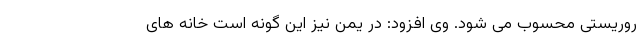
روریستی محسوب می شود. وی افزود: در یمن نیز این گونه است خانه های